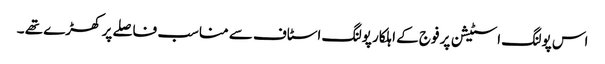
اس پولنگ اسٹیشن پر فوج کے اہلکار پولنگ اسٹاف سے مناسب فاصلے پر کھڑے تھے ۔